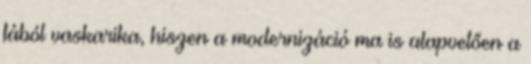
fából vaskarika, hiszen a modernizáció ma is alapvetően a